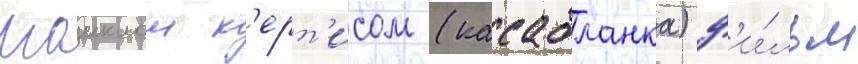
маиклом к'ерт'исом (касабланка) ф'и́льм